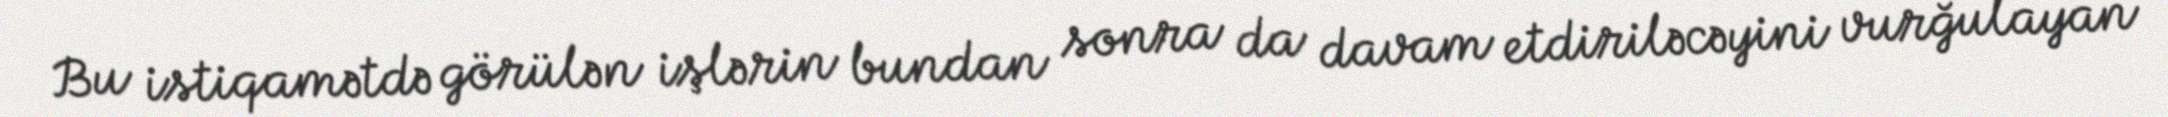
Bu istiqamətdə görülən işlərin bundan sonra da davam etdiriləcəyini vurğulayan